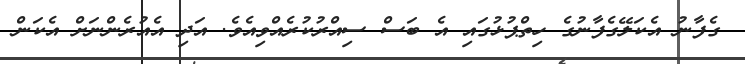
ގެފާނު އެކަލޭގެފާނުގެ ހިތްޕުޅުގައި އެ ބަސް ސިއްރުކުރެއްވިއެވެ. އަދި އެއުރެންނަށް އެކަން